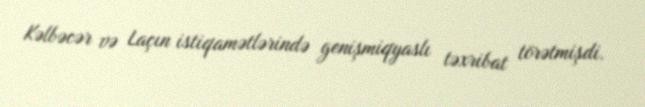
Kəlbəcər və Laçın istiqamətlərində genişmiqyaslı təxribat törətmişdi.